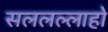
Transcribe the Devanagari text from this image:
सललल्लाहो